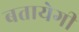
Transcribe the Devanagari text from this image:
बतायेगी